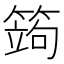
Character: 䈮